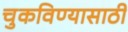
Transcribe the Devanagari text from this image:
चुकविण्यासाठी